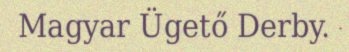
Magyar Ügető Derby.